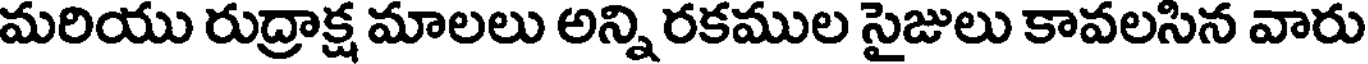
మరియు రుద్రాక్ష మాలలు అన్ని రకముల సైజులు కావలసిన వారు